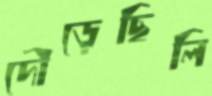
দৌড়েছিলি